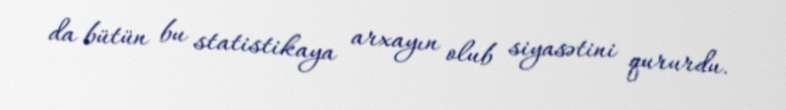
da bütün bu statistikaya arxayın olub siyasətini qururdu.